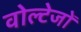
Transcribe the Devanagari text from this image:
वोल्टेजों